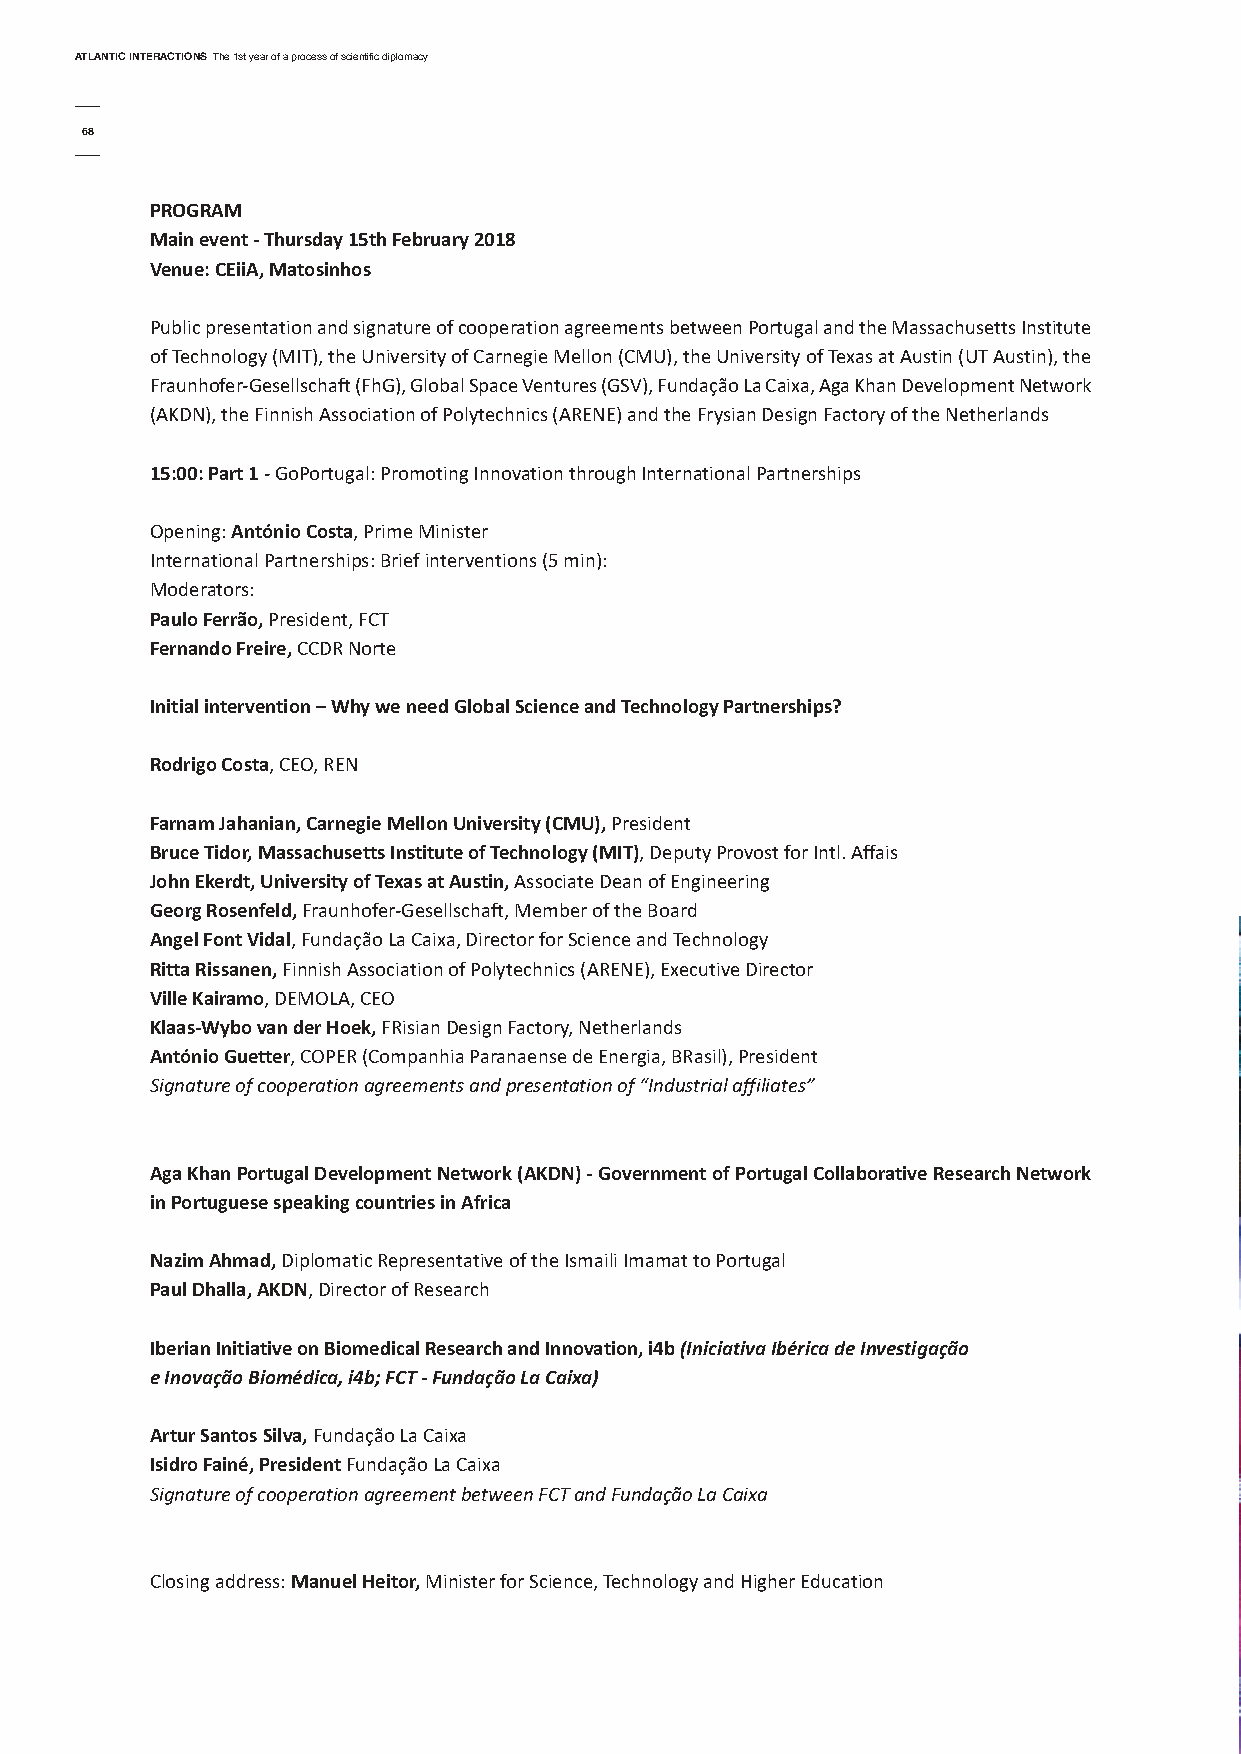
AtlAntic interActionsThe 1st year of a process of scientific diplomacy
 68
 ProGrAM
 Main event - thursday 15th february 2018
 Venue: ceiiA, Matosinhos
 Public presentation and signature of cooperation agreements between Portugal and the Massachusetts Institute
 of Technology (MIT), the University of Carnegie Mellon (CMU), the University of Texas at Austin (UT Austin), the
 Fraunhofer-Gesellschaft (FhG), Global Space Ventures (GSV), Fundação La Caixa, Aga Khan Development Network
 (AKDN), the Finnish Association of Polytechnics (ARENE) and the Frysian Design Factory of the Netherlands
 15:00: Part 1- GoPortugal: Promoting Innovation through International Partnerships
 Opening: António costa, Prime Minister
 International Partnerships: Brief interventions (5 min):
 Moderators:
 Paulo ferrão, President, FCT
 fernando freire, CCDR Norte
 initial intervention – Why we need Global science and technology Partnerships?
 rodrigo costa, CEO, REN
 farnam Jahanian, carnegie Mellon university (cMu),President
 bruce tidor, Massachusetts institute of technology (Mit), Deputy Provost for Intl. Affais
 John ekerdt, university of texas at Austin,Associate Dean of Engineering
 Georg rosenfeld,Fraunhofer-Gesellschaft, Member of the Board
 Angel font Vidal, Fundação La Caixa, Director for Science and Technology
 ritta rissanen,Finnish Association of Polytechnics (ARENE), Executive Director
 Ville Kairamo, DEMOLA, CEO
 Klaas-Wybo van der Hoek,FRisian Design Factory, Netherlands
 António Guetter, COPER (Companhia Paranaense de Energia, BRasil), President
 Signature of cooperation agreements and presentation of “Industrial affiliates”
 Aga Khan Portugal development network (AKdn) - Government of Portugal collaborative research network
 in Portuguese speaking countries in Africa
 nazim Ahmad,Diplomatic Representative of the Ismaili Imamat to Portugal
 Paul dhalla, AKdn, Director of Research
 iberian initiative on biomedical research and innovation, i4b(Iniciativa Ibérica de Investigação
 e Inovação Biomédica, i4b; FCT - Fundação La Caixa)
 Artur santos silva,Fundação La Caixa
 isidro fainé, PresidentFundação La Caixa
 Signature of cooperation agreement between FCT and Fundação La Caixa
 Closing address: Manuel Heitor,Minister for Science, Technology and Higher Education